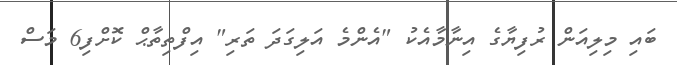
ބައި މިލިއަން ރުފިޔާގެ އިނާމާއެކު "އެންމެ އަލިގަދަ ތަރި" އިފްތިތާޙް ކޮށްފި6 މަސް